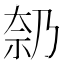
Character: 𪥑